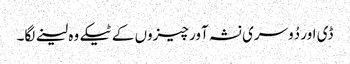
ڈی اور دُوسری نشہ آور چیزوں کے ٹیکے وہ لینے لگا۔